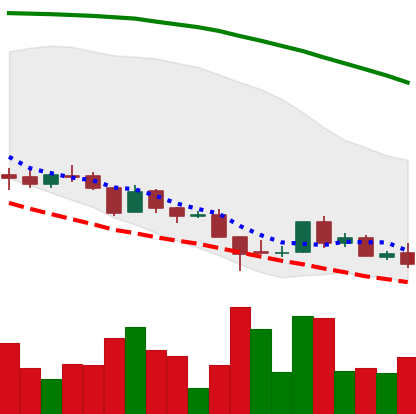
Ticker: ADA-USD
Chart end date: 2018-08-22
Forward return: 11.22%
Label: up_7plus